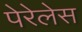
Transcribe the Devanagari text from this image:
पेरेलेस